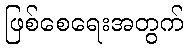
ဖြစ်စေရေးအတွက်